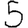
Digit: 5